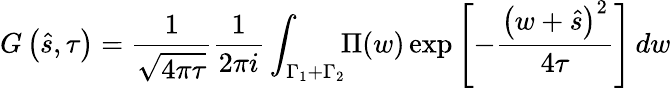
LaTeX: G\left(\hat{s},\tau\right)=\frac{1}{\sqrt{4\pi\tau}}\frac{1}{2\pi i}\int_{\Gamma_{1}+\Gamma_{2}}\! \! \Pi(w)\exp{\left[-\frac{\left(w+\hat{s}\right)^{2}}{4\tau}\right]}\, dw